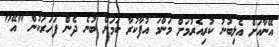
އޭނާއަށް އެލިބުނު ކުރިއެރުމަށް މަންމަ އުފާކުރާ ކަމަށް ބުނެ ދެން ފަހަރަކުން "އޭ"